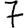
Digit: 7